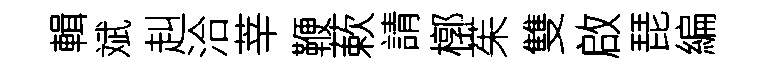
輯斌赳洽莘鞭蔌請槨茱雙啟琵編